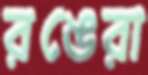
রঙেরা